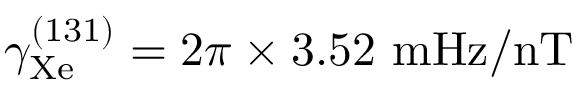
\gamma _ { \mathrm { X e } } ^ { ( 1 3 1 ) } = 2 \pi \times 3 . 5 2 ~ \mathrm { m H z / n T }